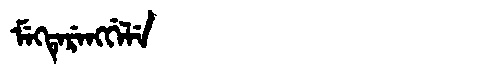
Manchu: ᠮᡝᡴᡨᡝᡵᡝᠩᡤᡝᠯᡝ
Romanization: MEKTERENGGELE